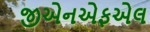
જીએનએફએલ